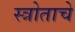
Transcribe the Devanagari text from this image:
स्त्रोताचे